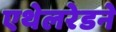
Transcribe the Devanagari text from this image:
एथेलरेडने